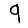
Digit: 9